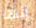
إنها